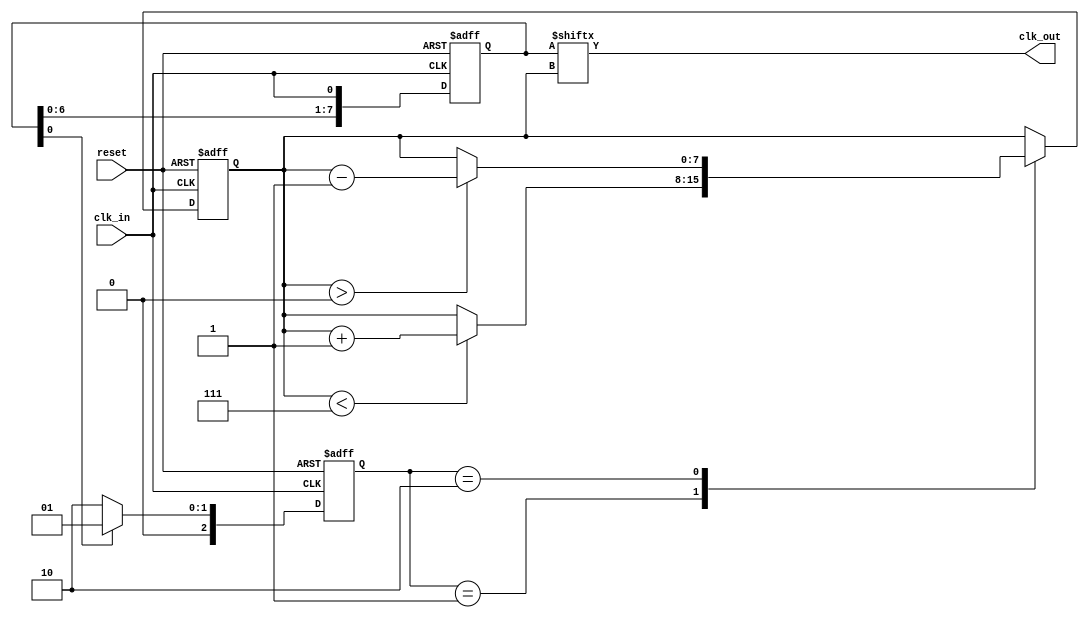
module MemoryBlocksDLL (
    input wire clk_in,         // Input clock
    input wire reset,          // Active high reset
    output wire clk_out        // Delayed output clock
);

    // Parameters
    parameter NUM_DELAY_STAGES = 8; // Number of delay stages
    parameter [2:0] PHASE_THRESHOLD = 3'b001; // Threshold for locking

    // Internal signals
    reg [NUM_DELAY_STAGES-1:0] delay_line; // Delay line register
    reg [NUM_DELAY_STAGES-1:0] delay_control; // Control logic signals
    reg [2:0] phase_error; // Phase error signal
    wire clk_delayed; // Delayed clock output from the delay line

    // Phase Detector: Compares input clock and delayed clock
    always @(posedge clk_in or posedge reset) begin
        if (reset) begin
            phase_error <= 3'b000; // Reset phase error
        end else begin
            // Simple phase comparison logic
            if (delay_line[0] == 1'b1)
                phase_error <= 3'b001; // clk_out is leading
            else
                phase_error <= 3'b010; // clk_out is lagging
        end
    end

    // Control Logic: Adjusts delay based on phase error
    always @(posedge clk_in or posedge reset) begin
        if (reset) begin
            delay_control <= 0; // Reset control signal
        end else begin
            case (phase_error)
                3'b001: begin // clk_out is leading
                    if (delay_control < NUM_DELAY_STAGES - 1)
                        delay_control <= delay_control + 1; // Increase delay
                end

                3'b010: begin // clk_out is lagging
                    if (delay_control > 0)
                        delay_control <= delay_control - 1; // Decrease delay
                end

                default: begin
                    // No action
                end
            endcase
        end
    end

    // Delay Line: Chains multiple memory blocks to create a variable delay
    always @(posedge clk_in or posedge reset) begin
        if (reset) begin
            delay_line <= 0; // Reset delay line
        end else begin
            // Shift the delay line
            delay_line <= {delay_line[NUM_DELAY_STAGES-2:0], clk_in};
        end
    end

    // Output clock generation based on the current delay setting
    assign clk_out = delay_line[delay_control];

endmodule